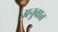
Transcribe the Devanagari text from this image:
अनुवात